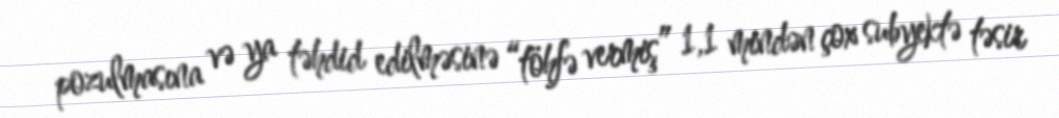
pozulmasına və ya təhdid edilməsinə “töhfə vermiş” 1,1 mindən çox subyektə təsir